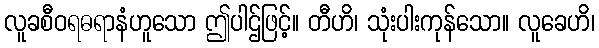
လူခစီဝရဓရာနံဟူသော ဤပါဌ်ဖြင့်။ တီဟိ၊ သုံးပါးကုန်သော။ လူခေဟိ၊